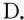
D.